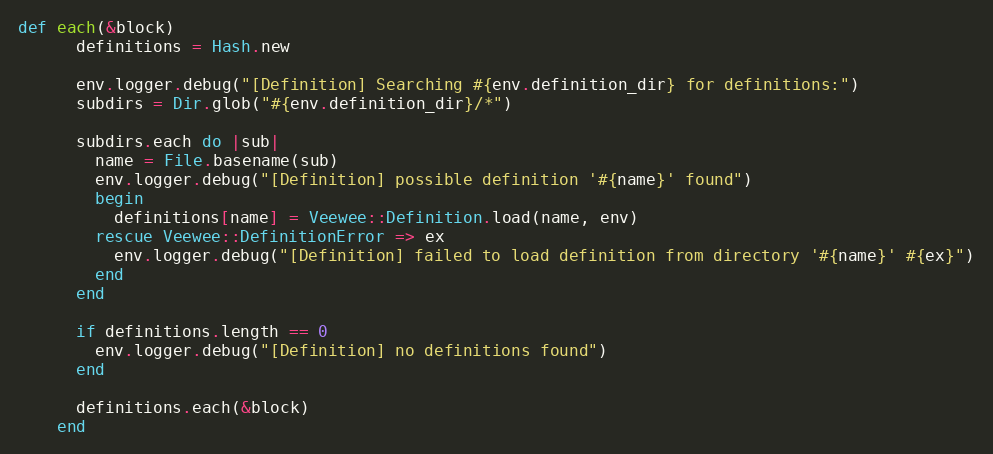
Language: Ruby
def each(&block)
      definitions = Hash.new

      env.logger.debug("[Definition] Searching #{env.definition_dir} for definitions:")
      subdirs = Dir.glob("#{env.definition_dir}/*")

      subdirs.each do |sub|
        name = File.basename(sub)
        env.logger.debug("[Definition] possible definition '#{name}' found")
        begin
          definitions[name] = Veewee::Definition.load(name, env)
        rescue Veewee::DefinitionError => ex
          env.logger.debug("[Definition] failed to load definition from directory '#{name}' #{ex}")
        end
      end

      if definitions.length == 0
        env.logger.debug("[Definition] no definitions found")
      end

      definitions.each(&block)
    end